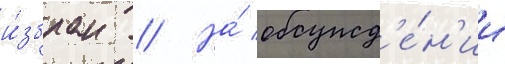
и́збран // На́ обсужд'е́н'ии